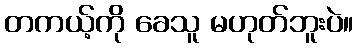
တကယ့်ကို ခေသူ မဟုတ်ဘူးပဲ။